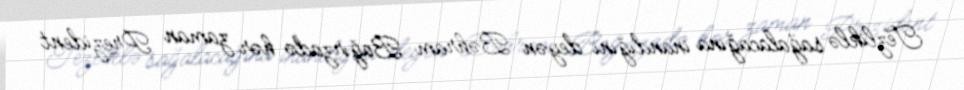
Tezliklə sağalacağına inandığını deyən Bəhram Bağırzadə hər zaman Prezident